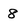
Character: 8